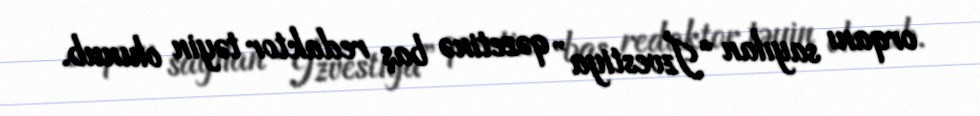
orqanı sayılan “İzvestiya” qəzetinə baş redaktor təyin olunub.